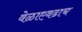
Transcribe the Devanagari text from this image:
वेळाएवढाच